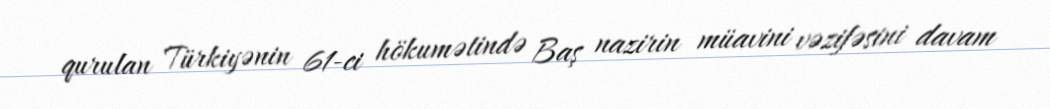
qurulan Türkiyənin 61-ci hökumətində Baş nazirin müavini vəzifəsini davam